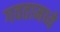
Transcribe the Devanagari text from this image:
गवतामध्ये